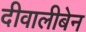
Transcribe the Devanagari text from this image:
दीवालीबेन